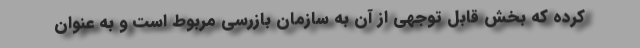
کرده که بخش قابل توجهی از آن به سازمان بازرسی مربوط است و به عنوان